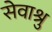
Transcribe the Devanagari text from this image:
सेवाश्रु